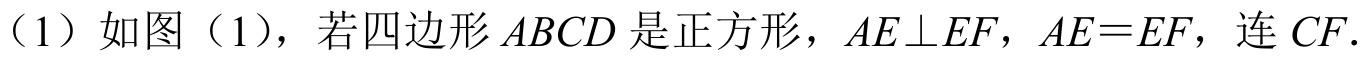
（1）如图（1），若四边形$ABCD$是正方形，$AE\perp EF$，$AE = EF$，连$CF$.